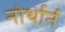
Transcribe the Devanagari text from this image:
नोर्थार्न